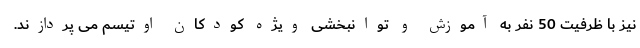
نیز با ظرفیت 50 نفر به آموزش و توانبخشی ویژه کودکان اوتیسم می پردازند.